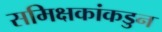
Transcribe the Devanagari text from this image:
समिक्षकांकडुन